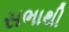
સભાથી